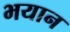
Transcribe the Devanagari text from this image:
भयान